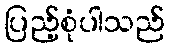
ပြည့်စုံပါသည်